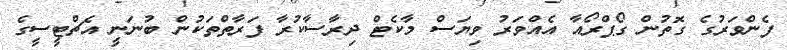
ފެންވަރުގެ ގޮތުން ގޯޕްރޯއާ އެއްވަރު ވިޔަސް މާކެޓް ދިރާސާކުރާ ފަރާތްތަކުން ބުނަނީ އެޗްޓީސީގެ